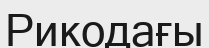
Рикодағы